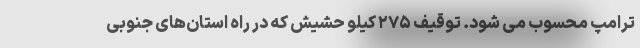
ترامپ محسوب می شود. توقیف ۲۷۵ کیلو حشیش که در راه استان‌های جنوبی